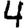
Digit: 4